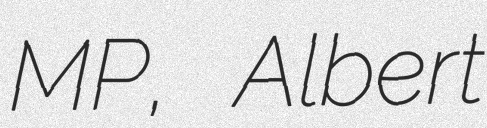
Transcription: MP, Albert